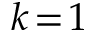
k \! = \! 1